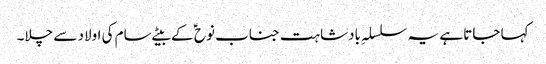
کہا جاتا ہے یہ سلسلہِ بادشاہت جناب نوح ؑ کے بیٹے سام کی اولاد سے چلا۔